Insane asylums in Bengal annual reports 1867-1875 - 1867-1875
Year: 1867
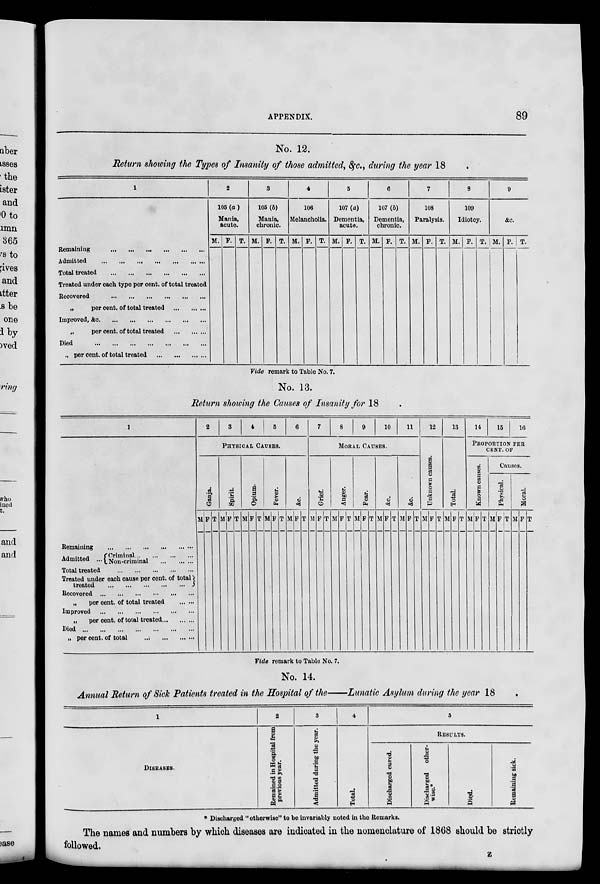
APPENDIX.
89
No. 12.
Return showing the Types of Insanity of those admitted, &c., during the year 18
1
Remaining
...
...
...
...
...
...
Admitted
...
...
...
...
...
...
...
Total treated
...
...
...
...
...
...
Treated under each type per cent. of total treated
Recovered
...
...
...
...
...
...
„
per cent. of total treated ... ... ...
Improved, &c. ... ... ... ... ... ...
„
per cent. of total treated ... ... ...
Died
...
...
...
...
...
...
...
„ per cent. of total treated ... ... ... ...
2
105 (a)
Mania,
acute.
M. F. T.
3
105 (b)
Mania,
chronic.
M. F. T.
4
106
Melancholia.
M. F. T.
5
107 (a)
Dementia,
acute.
M. F. T.
6
107 (b)
Dementia,
chronic.
M. F. T.
7
108
Paralysis.
M. F. T.
8
109
Idiotcy.
M. F. T.
9
&c.
M. F. T.
Vide remark to Table No. 7.
No. 13.
Return showing the Causes of Insanity for 18
1
Remaining
...
...
...
...
...
...
Admitted ... Criminal ... ... ... ...
Non-criminal ... ... ...
Total treated
...
...
...
...
...
Treated under each cause per cent. of total
treated
...
...
...
...
...
Recovered
...
...
...
...
...
...
„
per cent. of total treated ... ...
Improved
...
...
...
...
...
...
„
per cent. of total treated ... ... ...
Died
...
...
...
...
...
...
...
„ per cent. of total
...
...
...
...
2
3
4
5
6
PHYSICAL CAUSES.
Ganja.
M F T
Spirit.
M F T
Opium.
M F T
Fever.
M F T
&c.
M F T
7
8
9
10
11
MORAL CAUSES.
Grief.
M F T
Anger.
M F T
Fear.
M F T
&c.
M F T
&c.
M F T
12
Unknown causes.
M F T
13
Total.
M F T
14
15
16
PROPORTION PER
CENT. OF
Known causes.
M F T
Causes.
Physical.
M F T
Moral.
M F T
Vide remark to Table No. 7.
No. 14.
Annual Return of Sick Patients treated in the Hospital of the—Lunatic Asylum during the year 18
1
DISEASES.
2
Remained in Hospital from
previous year.
3
Admitted during the year.
4
Total.
5
RESULTS.
Discharged cured.
Discharged other-
wise.*
Died.
Remaining sick.
* Discharged "otherwise" to be invariably noted in the Remarks.
The names and numbers by which diseases are indicated in the nomenclature of 1868 should be strictly
followed.
Z